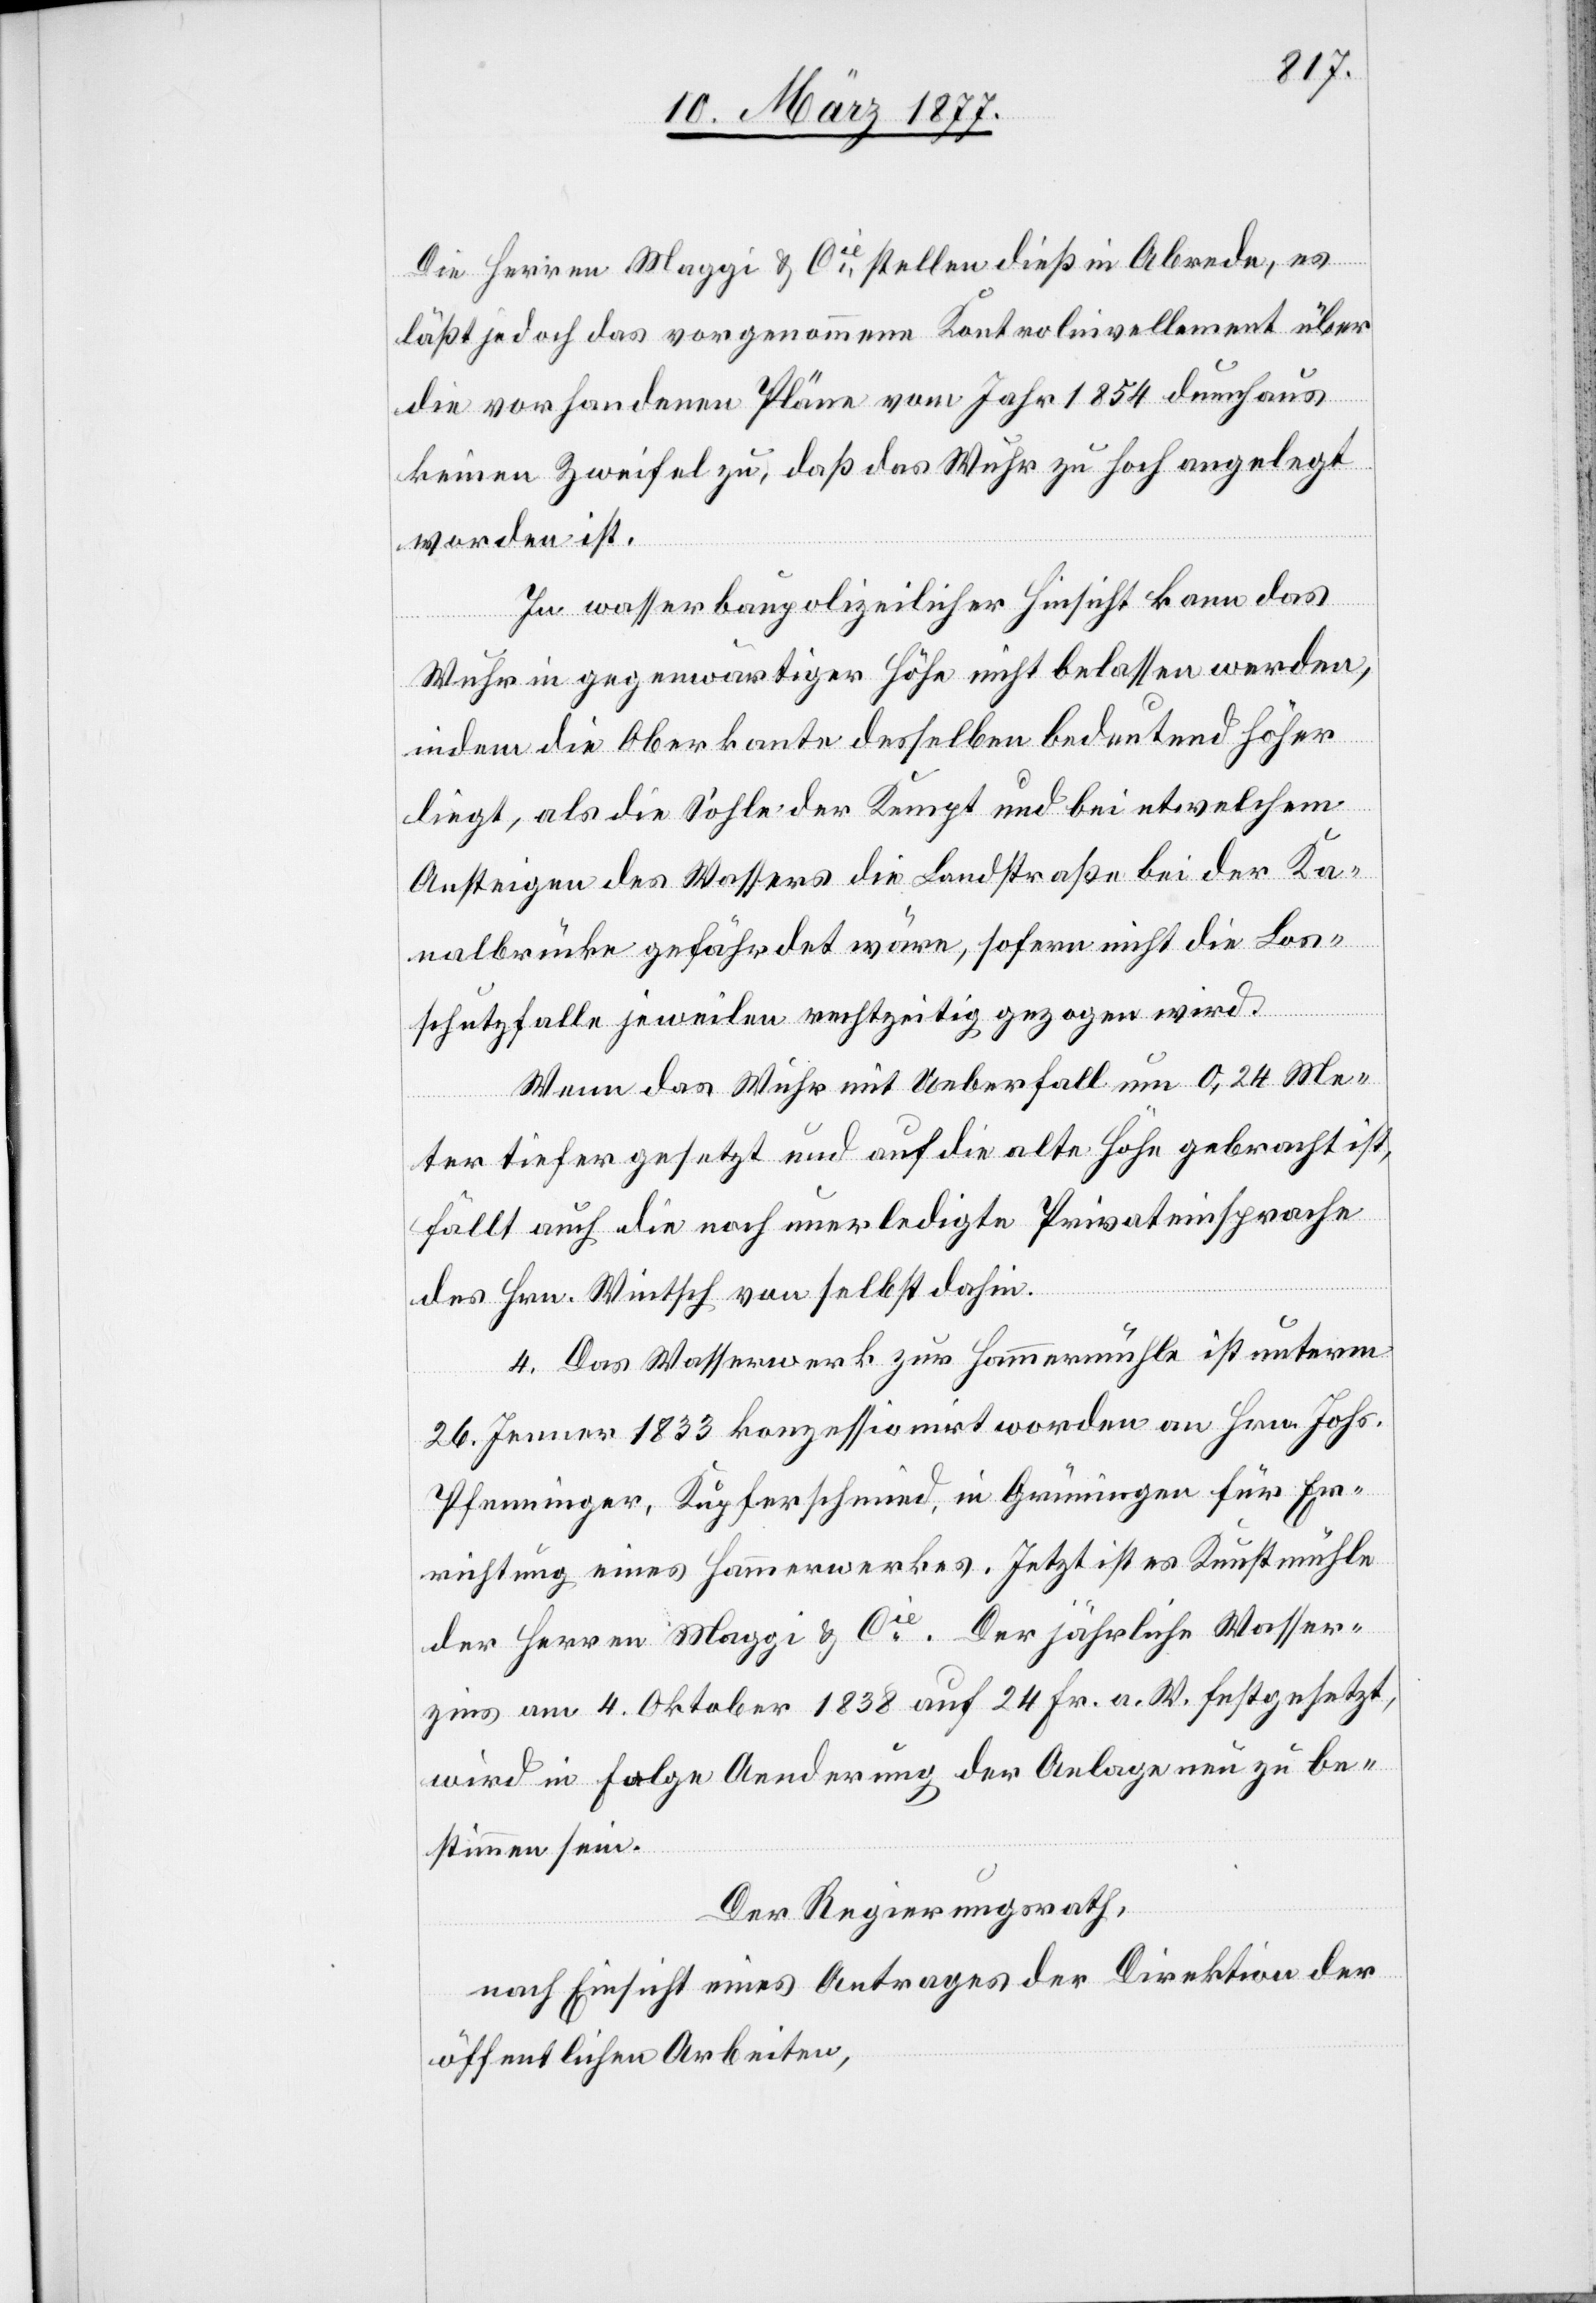
Die Herren Maggi & Cie stellen dieß in Abrede, es
läßt jedoch das vorgenommene Kontrolnivellement über
die vorhandenen Pläne vom Jahr 1854 durchaus
keinen Zweifel zu, daß das Wuhr zu hoch angelegt
worden ist.
In wasserbaupolizeilicher Hinsicht kann das
Wuhr in gegenwärtiger Höhe nicht belassen werden,
indem die Oberkante desselben bedeutend höher
liegt, als die Sohle der Kempt und bei etwelchem
Ansteigen des Wassers die Landstraße bei der Ka¬
nalbrücke gefährdet wäre, sofern nicht die Los¬
schutzfalle jeweilen rechtzeitig gezogen wird.
Wenn das Wuhr mit Ueberfall um 0,24 Me¬
ter tiefer gesetzt und auf die alte Höhe gebracht ist,
fällt auch die noch unerledigte Privateinsprache
des Hrn. Wintsch von selbst dahin.
4. Das Wasserwerk zur Hammermühle ist unterm
26. Jenner 1833 konzessionirt worden an Hrn. Johs.
Pfenninger, Kupferschmied, in Grüningen für Er¬
richtung eines Hammerwerkes. Jetzt ist es Kunstmühle
der Herren Maggi & Cie Der jährliche Wasser¬
zins am 4. Oktober 1838 auf 24 Fr. a. W. festgesetzt,
wird in Folge Aenderung der Anlage neu zu be¬
stimmen sein.
Der Regierungsrath,
nach Einsicht eines Antrages der Direktion der
öffentlichen Arbeiten,